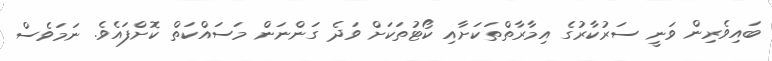
ބައިވެރިން ވަނީ ސަރުކާރުގެ އިމާރާތްތަކަށާއި ކޯޓުތަކަށް ވަދެ ގަންނަން މަސައްކަތް ކޮށްފައެވެ. ނަމަވެސް